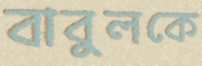
বাবুলকে